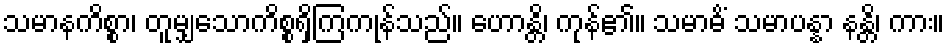
သမာနကိစ္စာ၊ တူမျှသောကိစ္စရှိကြကုန်သည်။ ဟောန္တိ၊ ကုန်၏။ သမာဓိံ သမာပန္နာ နန္တိ၊ ကား။